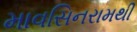
માવસિનરામથી